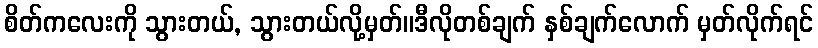
စိတ်ကလေးကို သွားတယ်, သွားတယ်လို့မှတ်။ဒီလိုတစ်ချက် နှစ်ချက်လောက် မှတ်လိုက်ရင်